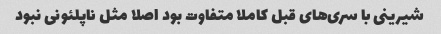
شیرینی با سری‌های قبل کاملا متفاوت بود اصلا مثل ناپلئونی نبود